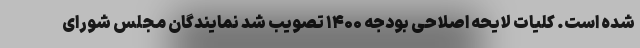
شده است. کلیات لایحه اصلاحی بودجه ۱۴۰۰ تصویب شد نمایندگان مجلس شورای